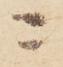
ニ